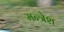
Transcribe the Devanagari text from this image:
मन्त्रेश